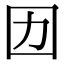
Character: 㘞